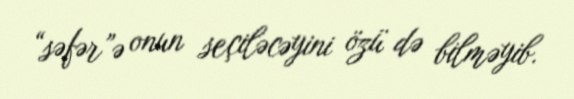
“səfər”ə onun seçiləcəyini özü də bilməyib.